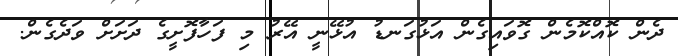
ދެން ކޮއްކޮމެން ގޮވައިގެން އަޅުގަނޑު އުޅޭނީ އޭރު މި ފަހާފޮށީގެ ދަށަށް ވަދެގެން.